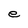
Character: e